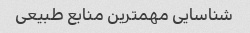
شناسایی مهمترین منابع طبیعی